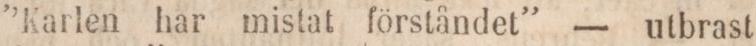
”Karlen har mistat förståndet” — utbrast